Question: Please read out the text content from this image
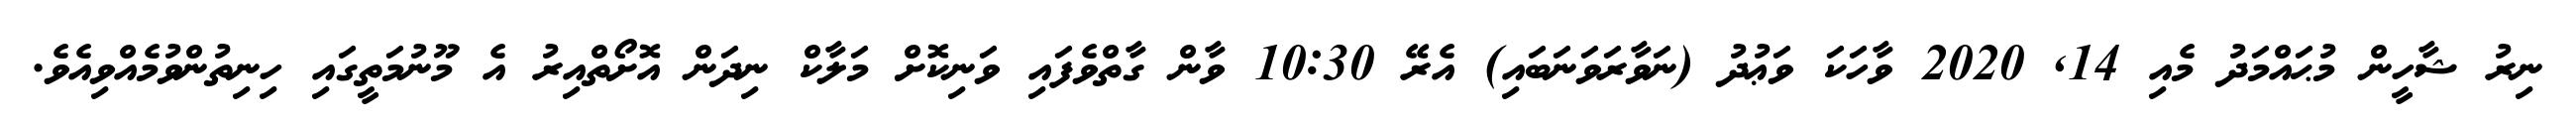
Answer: ނިރު ޝާހީން މުޙައްމަދު މެއި 14, 2020 ވާހަކަ ވަޢުދު (ނަވާރަވަނަބައި) އެރޭ 10:30 ވާން ގާތްވެފައި ވަނިކޮށް މަލާކް ނިދަން އޮށޯތްއިރު އެ މޫނުމަތީގައި ހިނިތުންވުމެއްވިއެވެ.